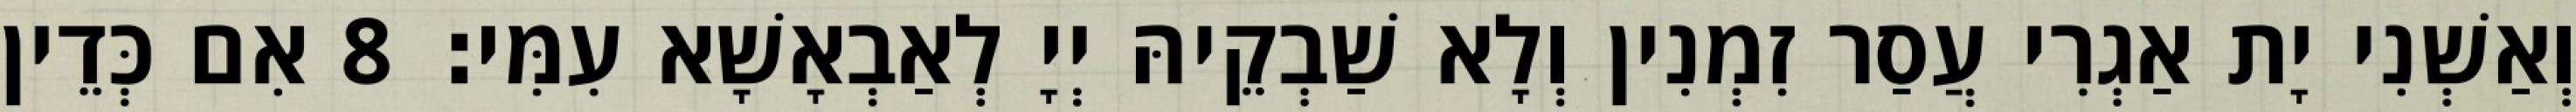
וְאַשְׁנִי יָת אַגְרִי עֲסַר זִמְנִין וְלָא שַׁבְקֵיהּ יְיָ לְאַבְאָשָׁא עִמִּי׃ 8 אִם כְּדֵין